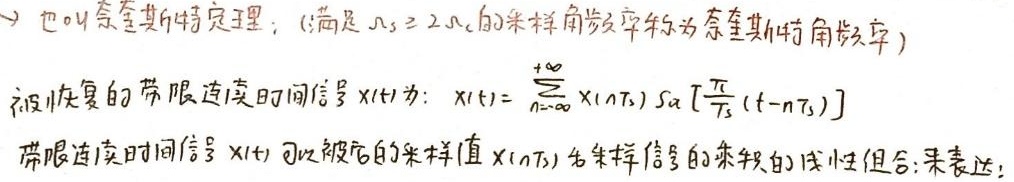
也叫奈奎斯特定理：（满足 $\Omega_s \geq 2\Omega_c$ 的采样角频率称为奈奎斯特角频率）
被恢复的带限连续时间信号 $x(t)$ 为：$x(t)=\sum_{n = -\infty}^{+\infty}x(nT_s)Sa\left[\frac{\pi}{T_s}(t - nT_s)\right]$
带限连续时间信号 $x(t)$ 可以被它的采样值 $x(nT_s)$ 和采样信号的乘积的线性组合来表达：